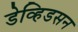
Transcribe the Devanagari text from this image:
डेव्हिडसन